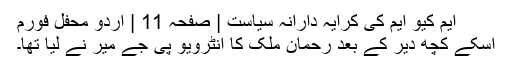
ایم کیو ایم کی کرایہ دارانہ سیاست | صفحہ 11 | اردو محفل فورم
اسکے کچھ دیر کے بعد رحمان ملک کا انٹرویو پی جے میر نے لیا تھا۔